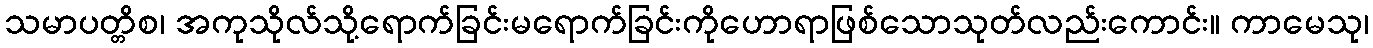
သမာပတ္တိစ၊ အကုသိုလ်သို့ရောက်ခြင်းမရောက်ခြင်းကိုဟောရာဖြစ်သောသုတ်လည်းကောင်း။ ကာမေသု၊